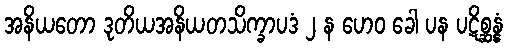
အနိယတော ဒုတိယအနိယတသိက္ခာပဒံ ၂ န ဟေဝ ခေါ ပန ပဋိစ္ဆန္နံ